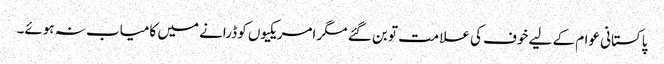
پاکستانی عوام کے لیے خوف کی علامت تو بن گئے مگر امریکیوں کو ڈرانے میں کامیاب نہ ہوئے۔